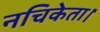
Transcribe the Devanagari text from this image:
नचिकेता।